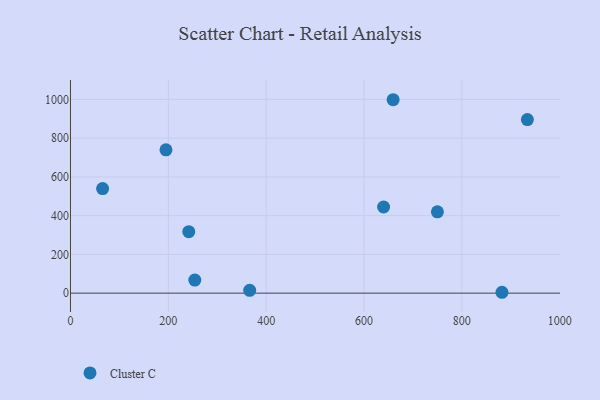
{"axis": {"x": "Distance", "y": "Rating"}, "legend": ["Cluster C"], "data": [{"x": "659.5", "y": 998.3, "type": "Cluster C"}, {"x": "882.0", "y": 4.5, "type": "Cluster C"}, {"x": "195.2", "y": 739.9, "type": "Cluster C"}, {"x": "65.7", "y": 539.7, "type": "Cluster C"}, {"x": "366.3", "y": 14.8, "type": "Cluster C"}, {"x": "254.1", "y": 67.6, "type": "Cluster C"}, {"x": "241.8", "y": 317.4, "type": "Cluster C"}, {"x": "750.0", "y": 419.6, "type": "Cluster C"}, {"x": "933.9", "y": 896.1, "type": "Cluster C"}, {"x": "640.0", "y": 444.6, "type": "Cluster C"}]}